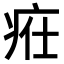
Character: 𤵴